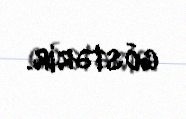
göstərir.